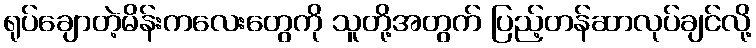
ရုပ်ချောတဲ့မိန်းကလေးတွေကို သူတို့အတွက် ပြည့်တန်ဆာလုပ်ချင်လို့